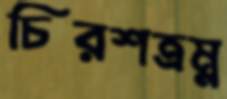
চিরশত্রম্ন